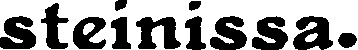
steinissa.